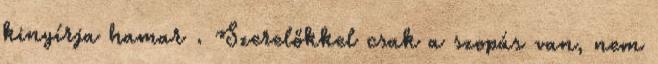
kinyírja hamar . Szerelőkkel csak a szopás van, nem